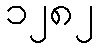
၁၂၈၂